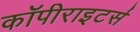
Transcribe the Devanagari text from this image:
कॉपीराइटर्स